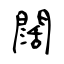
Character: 闊